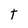
Character: T